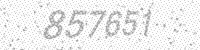
Solution: 857651